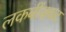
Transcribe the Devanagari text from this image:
लकबींसकट